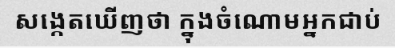
សង្កេតឃើញថា ក្នុងចំណោមអ្នកជាប់